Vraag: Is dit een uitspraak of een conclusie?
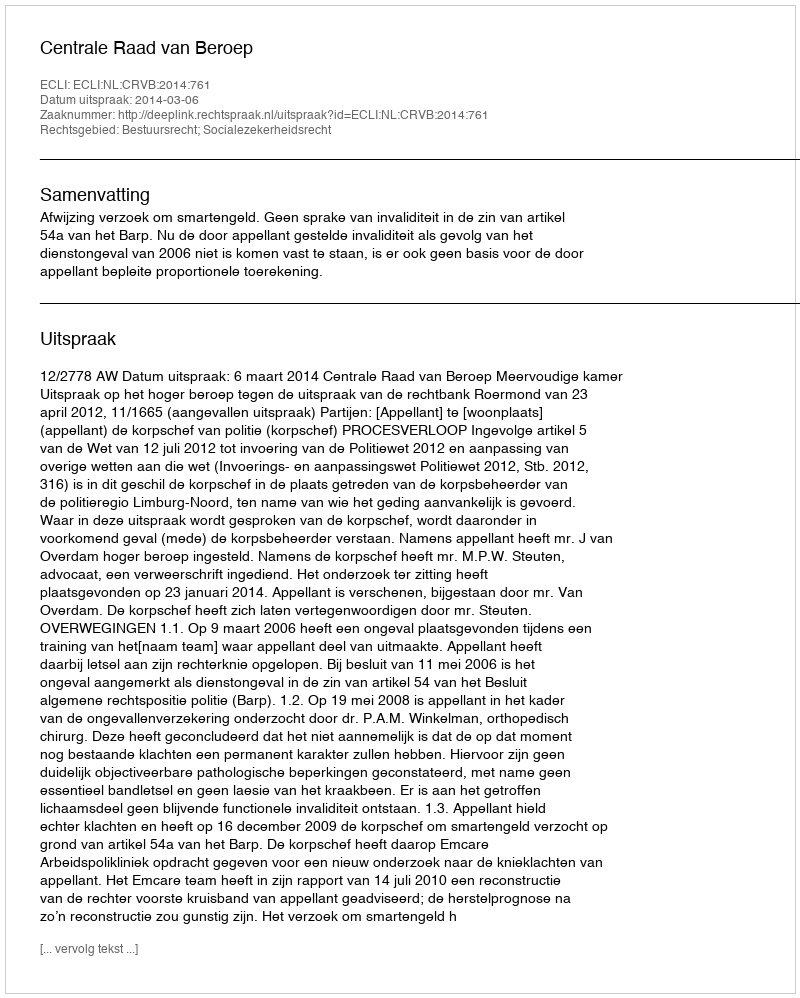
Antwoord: Uitspraak